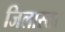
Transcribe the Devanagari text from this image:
जिलास्तर